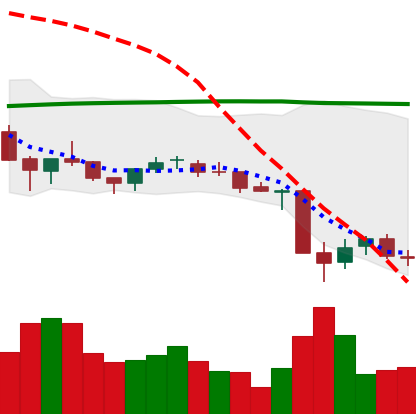
Ticker: NEO-USD
Chart end date: 2021-06-26
Forward return: 10.065%
Label: up_7plus